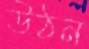
উঠন